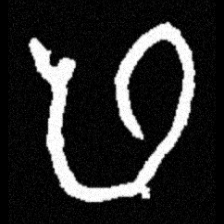
Pyu character \u2014 Myanmar letter: ဖ (romanized: pha)